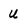
Character: u